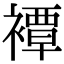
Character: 𧝓